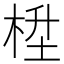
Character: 𪲙